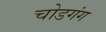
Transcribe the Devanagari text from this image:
चोडगंग